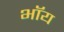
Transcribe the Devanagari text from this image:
भॉय